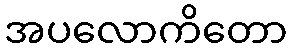
အပလောကိတော